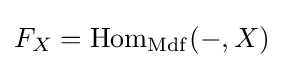
F_{X}=\mathrm {Hom} _{\mathrm {Mdf} }(-,X)